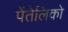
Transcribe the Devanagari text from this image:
पेंतेलिको